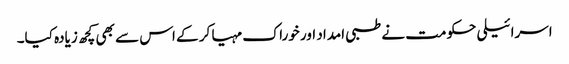
اسرائیلی حکومت نے طبی امداد اور خوراک مہیا کر کے اس سے بھی کچھ زیادہ کیا۔